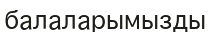
балаларымызды